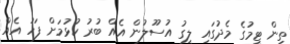
ތިން ޓީމުގެ މެދުގައި ލީގު އުސޫލުން އެއް ބުރު ކުޅުމަށް ފަހު އެއް